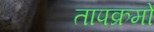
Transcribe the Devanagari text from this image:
तापक्रमों